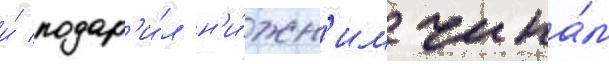
и́ подар'и́л н'и́жн'им чина́м